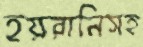
হয়রানিসহ